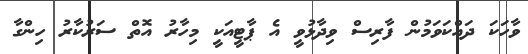
ވާހަކަ ދައްކަވަމުން ފާރިސް ވިދާޅުވީ އެ ޕާޓީއަކީ މިހާރު އޮތް ސަރުކާރު ހިންގާ